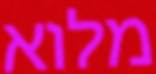
מלוא